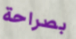
بصراحة